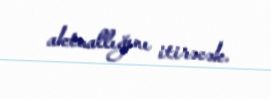
aktuallığını itirəcək.